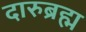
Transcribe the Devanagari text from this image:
दारुब्रह्म